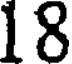
18